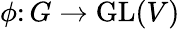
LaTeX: \phi\colon G\to\mathrm{GL}(V)